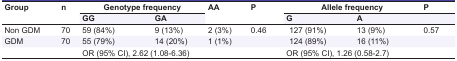
<table><thead><tr><td rowspan="2"><b>Group</b></td><td rowspan="2"><b>n</b></td><td colspan="2"><b>Genotype frequency</b></td><td rowspan="2"><b>AA</b></td><td rowspan="2" colspan="2"><b>P</b></td><td colspan="2"><b>Allele frequency</b></td><td><b>P </b></td></tr><tr><td><b>GG</b></td><td><b>GA</b></td><td><b>G</b></td><td><b>A</b></td><td></td></tr></thead><tbody><tr><td> Non GDM </td><td> 70 </td><td> 59 (84%) </td><td> 9 (13%) </td><td> 2 (3%) </td><td colspan="2"> 0.46 </td><td> 127 (91%) </td><td> 13 (9%) </td><td> 0.57 </td></tr><tr><td> GDM </td><td> 70 </td><td> 55 (79%) </td><td> 14 (20%) </td><td> 1 (1%) </td><td colspan="2"></td><td> 124 (89%) </td><td> 16 (11%) </td><td></td></tr><tr><td></td><td></td><td colspan="2"> OR (95% CI), 2.62 (1.08-6.36) </td><td></td><td colspan="2"></td><td colspan="2"> OR (95% CI), 1.26 (0.58-2.7) </td><td></td></tr></tbody></table>